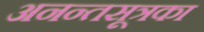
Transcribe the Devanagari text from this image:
अनन्तसूत्रका